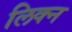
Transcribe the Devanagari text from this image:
लिक्न